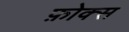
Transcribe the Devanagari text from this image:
फ़ोक्स